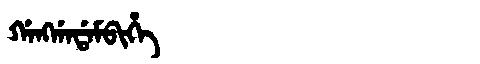
Manchu: ᡤᠠᠩᡤᠠᡩᠠᠮᠪᡳᡥᡝ
Romanization: GANGGADAMBIHE